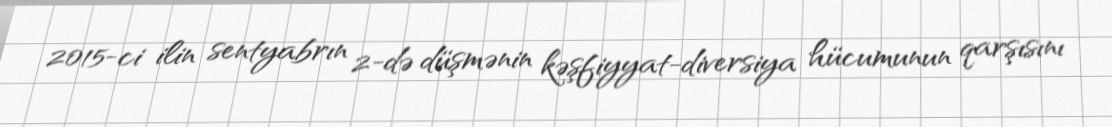
2015-ci ilin sentyabrın 2-də düşmənin kəşfiyyat-diversiya hücumunun qarşısını